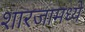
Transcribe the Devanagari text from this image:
शारजामध्ये